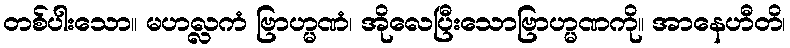
တစ်ပါးသော။ မဟလ္လကံ ဗြာဟ္မဏံ၊ အိုလေပြီးသောဗြာဟ္မဏကို။ အာနေဟီတိ၊